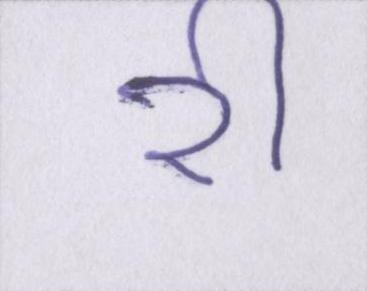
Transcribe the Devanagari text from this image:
री